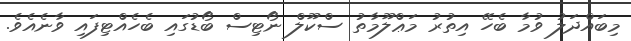
މިބައްދަލު ވުމާ ބެހޭ އިތުރު މަޢްލޫމާތު ސްކޫލް ނޯޓިސް ބޯޑުގައި ބެހެއްޓިފައި ވާނެއެވެ.